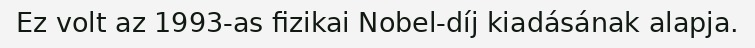
Ez volt az 1993-as fizikai Nobel-díj kiadásának alapja.